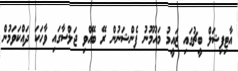
އާޓިފިޝަލް ބީޗުގައި ޒައީމު މައުމޫނު ފެންޝަނުން ރޭ ބޭއްވި ޖަލްސާގައި ވާހަކަ ދައްކަވަމުން